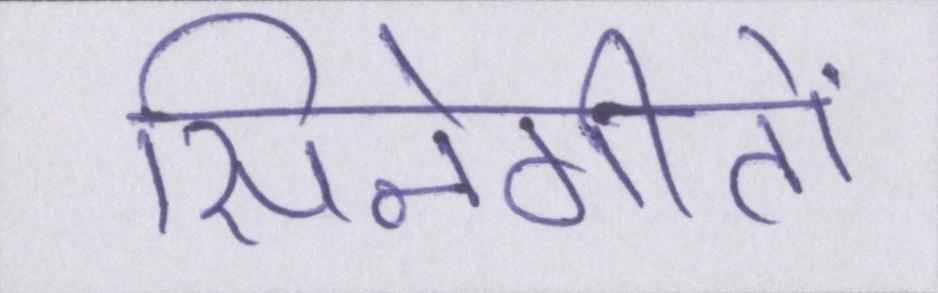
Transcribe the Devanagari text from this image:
सिनेगीतों